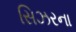
સિઝરના